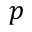
p